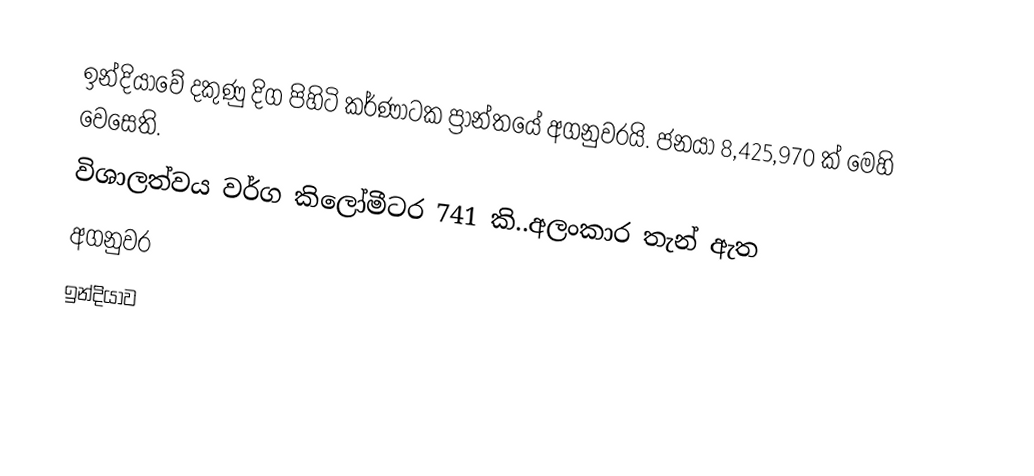
ඉන්දියාවේ දකුණු දිග පිහිටි කර්ණාටක ප්‍රාන්තයේ අගනුවරයි. ජනයා 8,425,970 ක් මෙහි වෙසෙති.
විශාලත්වය වර්ග කිලෝමීටර 741 කි..අලංකාර තැන් ඇත
අගනුවර
ඉන්දියාව